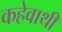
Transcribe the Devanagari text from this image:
कहेवाथी